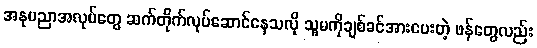
အနုပညာအလုပ်တွေ ဆက်တိုက်လုပ်ဆောင်နေသလို သူမကိုချစ်ခင်အားပေးတဲ့ ဖန်တွေလည်း